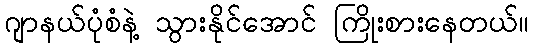
ဂျာနယ်ပုံစံနဲ့ သွားနိုင်အောင် ကြိုးစားနေတယ်။